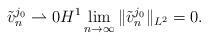
LaTeX: \begin{align*}\tilde{v}^{j_0}_n \rightharpoonup 0 H^1 \lim_{n\rightarrow \infty} \|\tilde{v}^{j_0}_n\|_{L^2} =0.\end{align*}